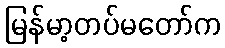
မြန်မာ့တပ်မတော်က